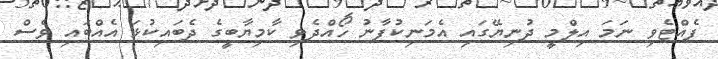
ފެއްޓެވި ނަމަ އިލްމީ ދުނިޔޭގައި އެމަނިކުފާނު ހޯއްދެވި ކާމިޔާބީގެ ދެބައިކުޅަ އެއްބައި ވެސް